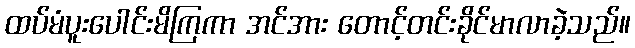
ထပ်မံပူးပေါင်းမိကြကာ အင်အား တောင့်တင်းခိုင်မာလာခဲ့သည်။